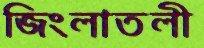
জিংলাতলী